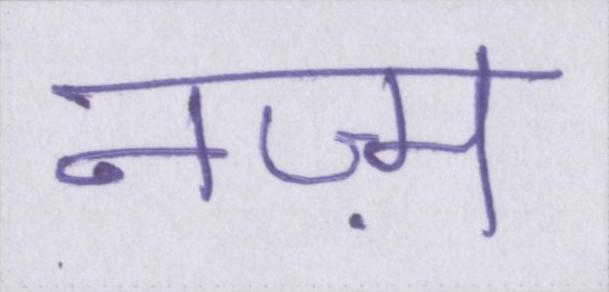
नज़्म